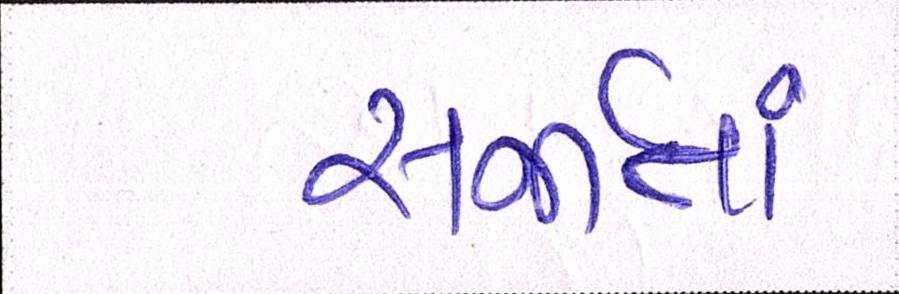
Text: સર્જાતાં